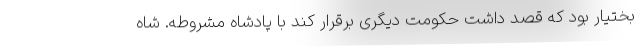
بختیار بود که قصد داشت حکومت دیگری برقرار کند با پادشاه مشروطه. شاه